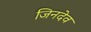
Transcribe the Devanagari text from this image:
जिनदेव